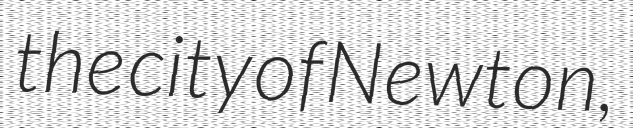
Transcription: the city of Newton,